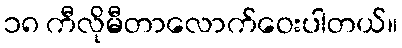
၁၈ ကီလိုမီတာလောက်ဝေးပါတယ်။